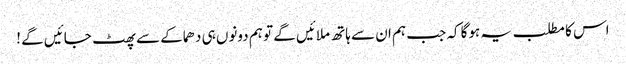
اس کا مطلب یہ ہوگا کہ جب ہم ان سے ہاتھ ملائیں گے تو ہم دونوں ہی دھماکے سے پھٹ جائیں گے !